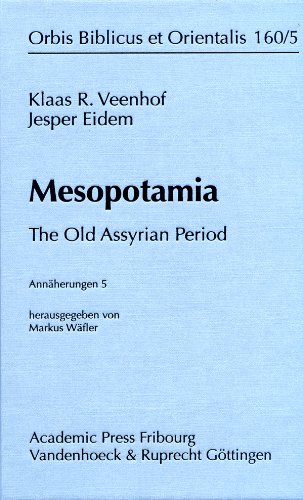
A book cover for Mesopotamia: The Old Assyrian Period (Orbis Biblicus et Orientalis); Klaas R Veenhof; History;